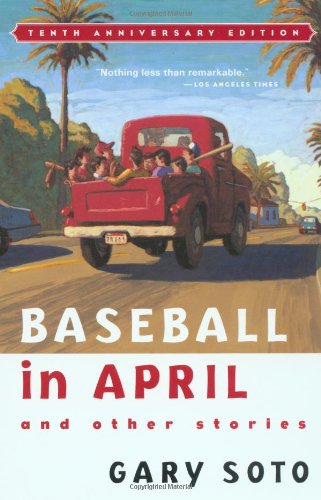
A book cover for Baseball in April and Other Stories; Gary Soto; Children's Books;